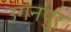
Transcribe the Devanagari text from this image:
उगनपुर